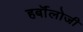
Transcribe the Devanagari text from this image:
हर्बॉलोजी